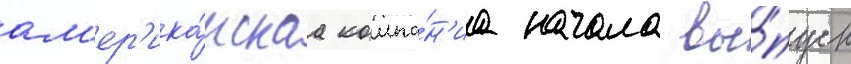
ам'ер'ика́нскаа компа́н'иа начала вы́пуск